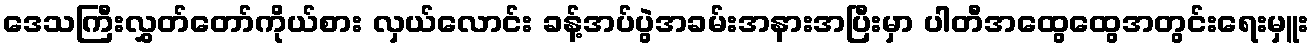
ဒေသကြီးလွှတ်တော်ကိုယ်စား လှယ်လောင်း ခန့်အပ်ပွဲအခမ်းအနားအပြီးမှာ ပါတီအထွေထွေအတွင်းရေးမှူး